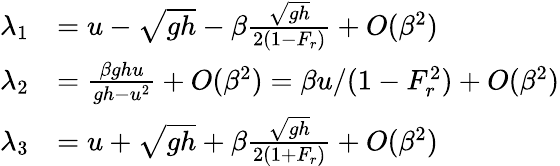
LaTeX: \begin{array}{rl}{\lambda_{1}}&{=u-\sqrt{gh}-\beta\frac{\sqrt{gh}}{2(1-F_{r})}+O(\beta^{2})}\\ {\lambda_{2}}&{=\frac{\beta ghu}{gh-u^{2}}+O(\beta^{2})=\beta u/(1-F_{r}^{2})+O(\beta^{2})}\\ {\lambda_{3}}&{=u+\sqrt{gh}+\beta\frac{\sqrt{gh}}{2(1+F_{r})}+O(\beta^{2})}\end{array}